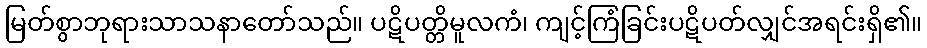
မြတ်စွာဘုရားသာသနာတော်သည်။ ပဋိပတ္တိမူလကံ၊ ကျင့်ကြံခြင်းပဋိပတ်လျှင်အရင်းရှိ၏။